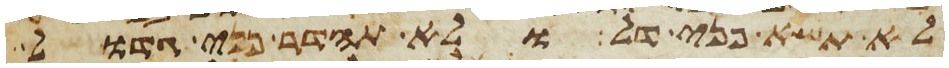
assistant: לא תשא פני דל ולא תהדר פני גדול